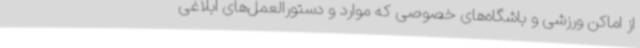
از اماکن ورزشی و باشگاه‌های خصوصی که موارد و دستورالعمل‌های ابلاغی